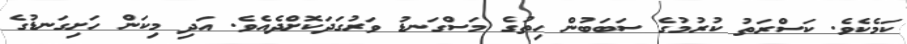
ކަމެކެވެ. ކަސްރަތު ކުރުމުގެ ސަބަބުން ހިތުގެ މަސްގަނޑު ވަރުގަދަކޮށްދެއެވެ. އަދި މިކަން ހަށިގަނޑުގެ